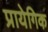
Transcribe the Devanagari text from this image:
प्रायेगिक